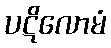
ပဋိလောမံ